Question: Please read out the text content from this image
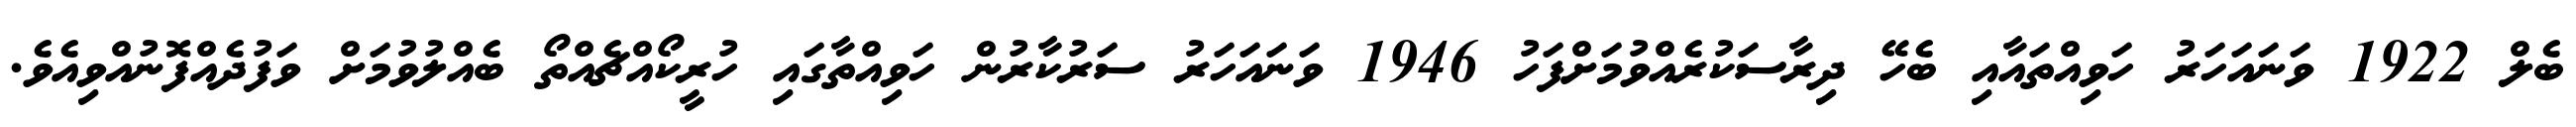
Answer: ބެލް 1922 ވަނައަހަރު ހަވިއްތައާއި ބެހޭ ދިރާސަކުރެއްވުމަށްފަހު 1946 ވަނައަހަރު ސަރުކާރުން ހަވިއްތާގައި ހުރީކޯއްޗެއްތޯ ބެއްލުވުމަށް ވަފުދެއްފޮނުއްވިއެވެ.